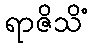
ရာဇိသိံ